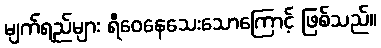
မျက်ရည်များ ရီဝေနေသေးသောကြောင့် ဖြစ်သည်။